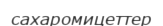
сахаромицеттер